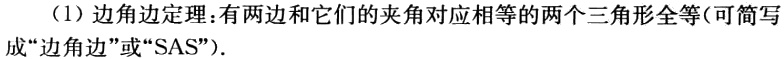
（1）边角边定理：有两边和它们的夹角对应相等的两个三角形全等（可简写成“边角边”或“SAS”）.